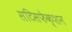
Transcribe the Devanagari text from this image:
सटिसफेक्शन